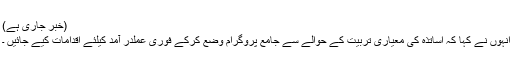
(خبر جاری ہے)
انہوں نے کہا کہ اساتذہ کی معیاری تربیت کے حوالے سے جامع پروگرام وضع کرکے فوری عملدر آمد کیلئے اقدامات کیے جائیں ۔